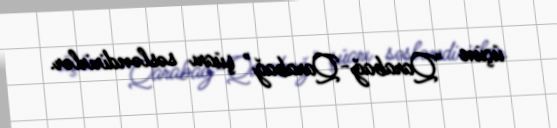
üçün "Qarabağ-Qarabağ" şüarı səsləndirirlər.